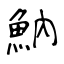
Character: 魶